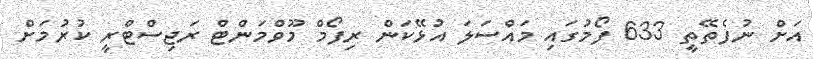
އަށް ނުފެތޭތީ 633 ފޯމުގައި މައްސަލަ އުޅޭކަން ރިފޯމް މޫވްމަންޓް ރަޖިސްޓްރީ ކުރުމަށް